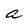
Character: a